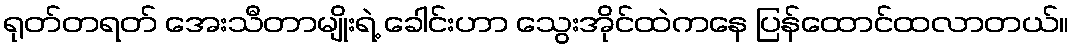
ရုတ်တရတ် အေးသီတာမျိုးရဲ့ ခေါင်းဟာ သွေးအိုင်ထဲကနေ ပြန်ထောင်ထလာတယ်။